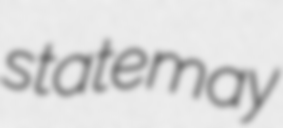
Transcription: state may